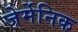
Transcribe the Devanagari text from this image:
जेर्मेनिक